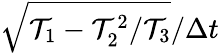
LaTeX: \sqrt{\mathcal{T}_{1}-\mathcal{T}_{2}^{2}/\mathcal{T}_{3}}/\Delta t